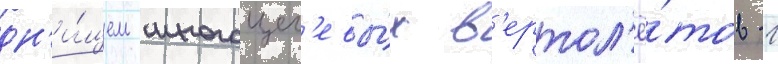
дн'и́щем многоцел'евы́х в'ертол'ё́тов -1